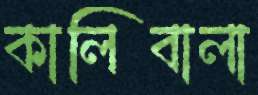
কালিবালা